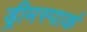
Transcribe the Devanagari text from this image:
ड्रीमस्पार्क